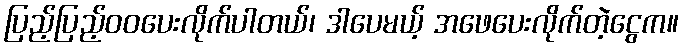
ပြည့်ပြည့်ဝဝပေးလိုက်ပါတယ်၊ ဒါပေမယ့် အဖေပေးလိုက်တဲ့ငွေက။